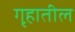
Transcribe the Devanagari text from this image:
गृहातील